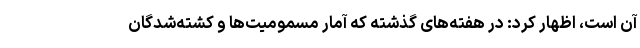
آن است، اظهار کرد: در هفته‌های گذشته که آمار مسمومیت‌ها و کشته‌شدگان